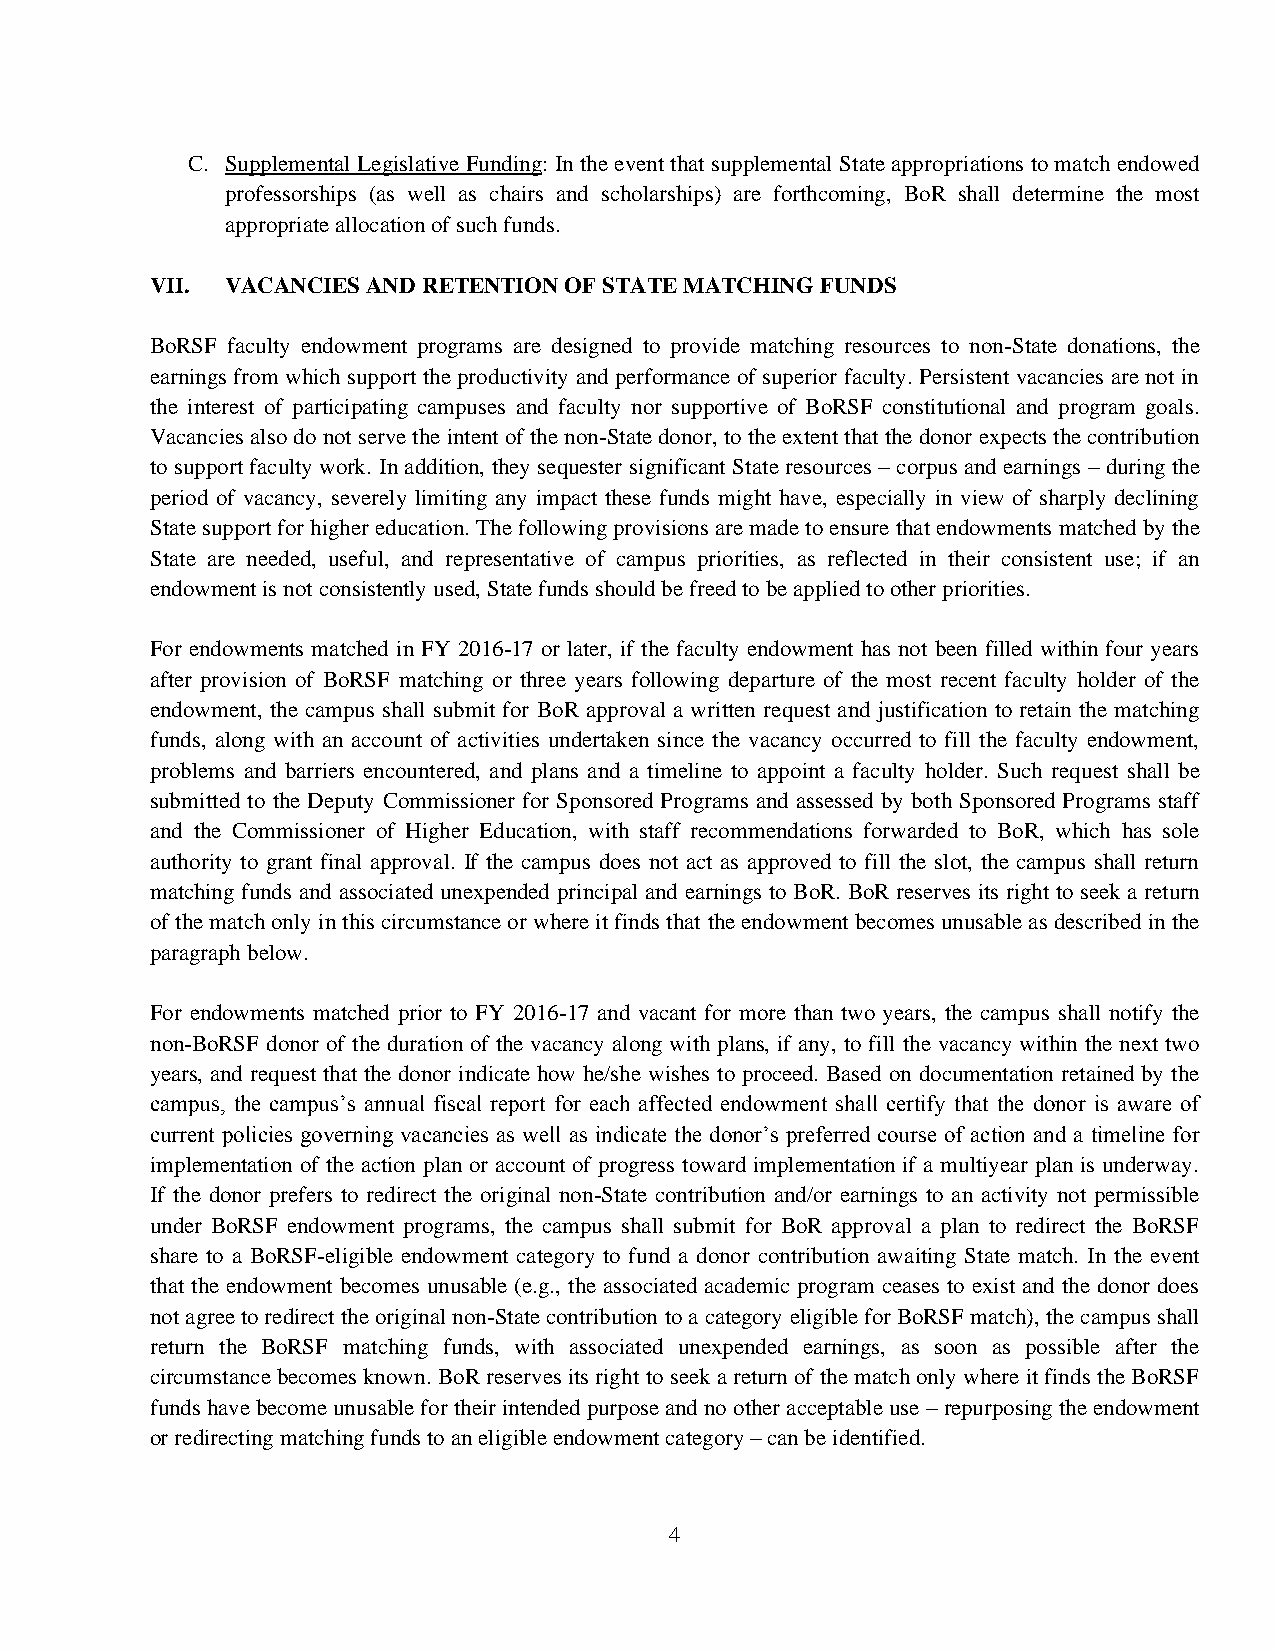
C. Supplemental Legislative Funding: In the event that supplemental State appropriations to match endowed
 professorships (as well as chairs and scholarships) are forthcoming, BoR shall determine the most
 appropriate allocation of such funds.
 VII. VACANCIES AND RETENTION OF STATE MATCHING FUNDS
 BoRSF faculty endowment programs are designed to provide matching resources to non-State donations, the
 earnings from which support the productivity and performance of superior faculty. Persistent vacancies are not in
 the interest of participating campuses and faculty nor supportive of BoRSF constitutional and program goals.
 Vacancies also do not serve the intent of the non-State donor, to the extent that the donor expects the contribution
 to support faculty work. In addition, they sequester significant State resources – corpus and earnings – during the
 period of vacancy, severely limiting any impact these funds might have, especially in view of sharply declining
 State support for higher education. The following provisions are made to ensure that endowments matched by the
 State are needed, useful, and representative of campus priorities, as reflected in their consistent use; if an
 endowment is not consistently used, State funds should be freed to be applied to other priorities.
 For endowments matched in FY 2016-17 or later, if the faculty endowment has not been filled within four years
 after provision of BoRSF matching or three years following departure of the most recent faculty holder of the
 endowment, the campus shall submit for BoR approval a written request and justification to retain the matching
 funds, along with an account of activities undertaken since the vacancy occurred to fill the faculty endowment,
 problems and barriers encountered, and plans and a timeline to appoint a faculty holder. Such request shall be
 submitted to the Deputy Commissioner for Sponsored Programs and assessed by both Sponsored Programs staff
 and the Commissioner of Higher Education, with staff recommendations forwarded to BoR, which has sole
 authority to grant final approval. If the campus does not act as approved to fill the slot, the campus shall return
 matching funds and associated unexpended principal and earnings to BoR. BoR reserves its right to seek a return
 of the match only in this circumstance or where it finds that the endowment becomes unusable as described in the
 paragraph below.
 For endowments matched prior to FY 2016-17 and vacant for more than two years, the campus shall notify the
 non-BoRSF donor of the duration of the vacancy along with plans, if any, to fill the vacancy within the next two
 years, and request that the donor indicate how he/she wishes to proceed. Based on documentation retained by the
 campus, the campus’s annual fiscal report for each affected endowment shall certify that the donor is aware of
 current policies governing vacancies as well as indicate the donor’s preferred course of action and a timeline for
 implementation of the action plan or account of progress toward implementation if a multiyear plan is underway.
 If the donor prefers to redirect the original non-State contribution and/or earnings to an activity not permissible
 under BoRSF endowment programs, the campus shall submit for BoR approval a plan to redirect the BoRSF
 share to a BoRSF-eligible endowment category to fund a donor contribution awaiting State match. In the event
 that the endowment becomes unusable (e.g., the associated academic program ceases to exist and the donor does
 not agree to redirect the original non-State contribution to a category eligible for BoRSF match), the campus shall
 return the BoRSF matching funds, with associated unexpended earnings, as soon as possible after the
 circumstance becomes known. BoR reserves its right to seek a return of the match only where it finds the BoRSF
 funds have become unusable for their intended purpose and no other acceptable use – repurposing the endowment
 or redirecting matching funds to an eligible endowment category – can be identified.
 4